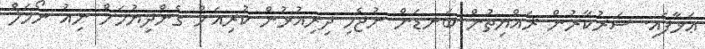
ޢަޅާފައި. ސަރުކާރުން ޜައްޔިތުން ބަނޑަން ނުޖެހި ދިރިއުޅުން ކުރިއަށް ގެންދިޔުމަށް ނިއު ނޯމަލް